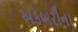
અકબરીના